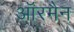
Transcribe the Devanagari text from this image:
ऑरमैन